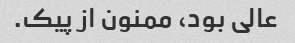
عالی بود، ممنون از پیک.